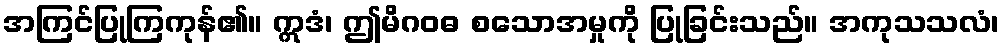
အကြင်ပြုကြကုန်၏။ ဣဒံ၊ ဤမိဂဝဓ စသောအမှုကို ပြုခြင်းသည်။ အကုသသလံ၊